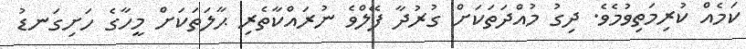
ކަމެއް ކުރިމަތިވުމެވެ. ދިގު މުއްދަތަކަށް ގުރުދާ ފޭލްވެ ނުރައްކާތެރި ޙާލަތަކަށް މީހާގެ ހަށިގަނޑު